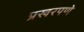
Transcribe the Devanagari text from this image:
प्रखरपणे